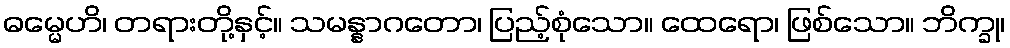
ဓမ္မေဟိ၊ တရားတို့နှင့်။ သမန္နာဂတော၊ ပြည့်စုံသော။ ထေရော၊ ဖြစ်သော။ ဘိက္ခု၊